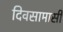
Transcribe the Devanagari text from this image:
दिवसामासी